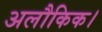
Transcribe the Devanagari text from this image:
अलौकिक।